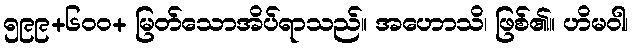
၅၉၉+၆၀၀+ မြတ်သောအိပ်ရာသည်။ အဟောသိ၊ ဖြစ်၏။ ဟိမဝါ၊